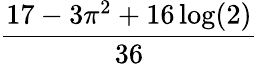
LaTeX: \frac{17-3\pi^{2}+16\log(2)}{36}